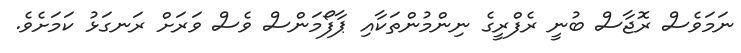
ނަމަވެސް ރޮޖާސް ބުނީ ރެފްރީގެ ނިންމުންތަކާއި ޕާފޯމަންސް ވެސް ވަރަށް ރަނގަޅު ކަމަށެވެ.